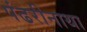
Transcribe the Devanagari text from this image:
पंढरीनाथा